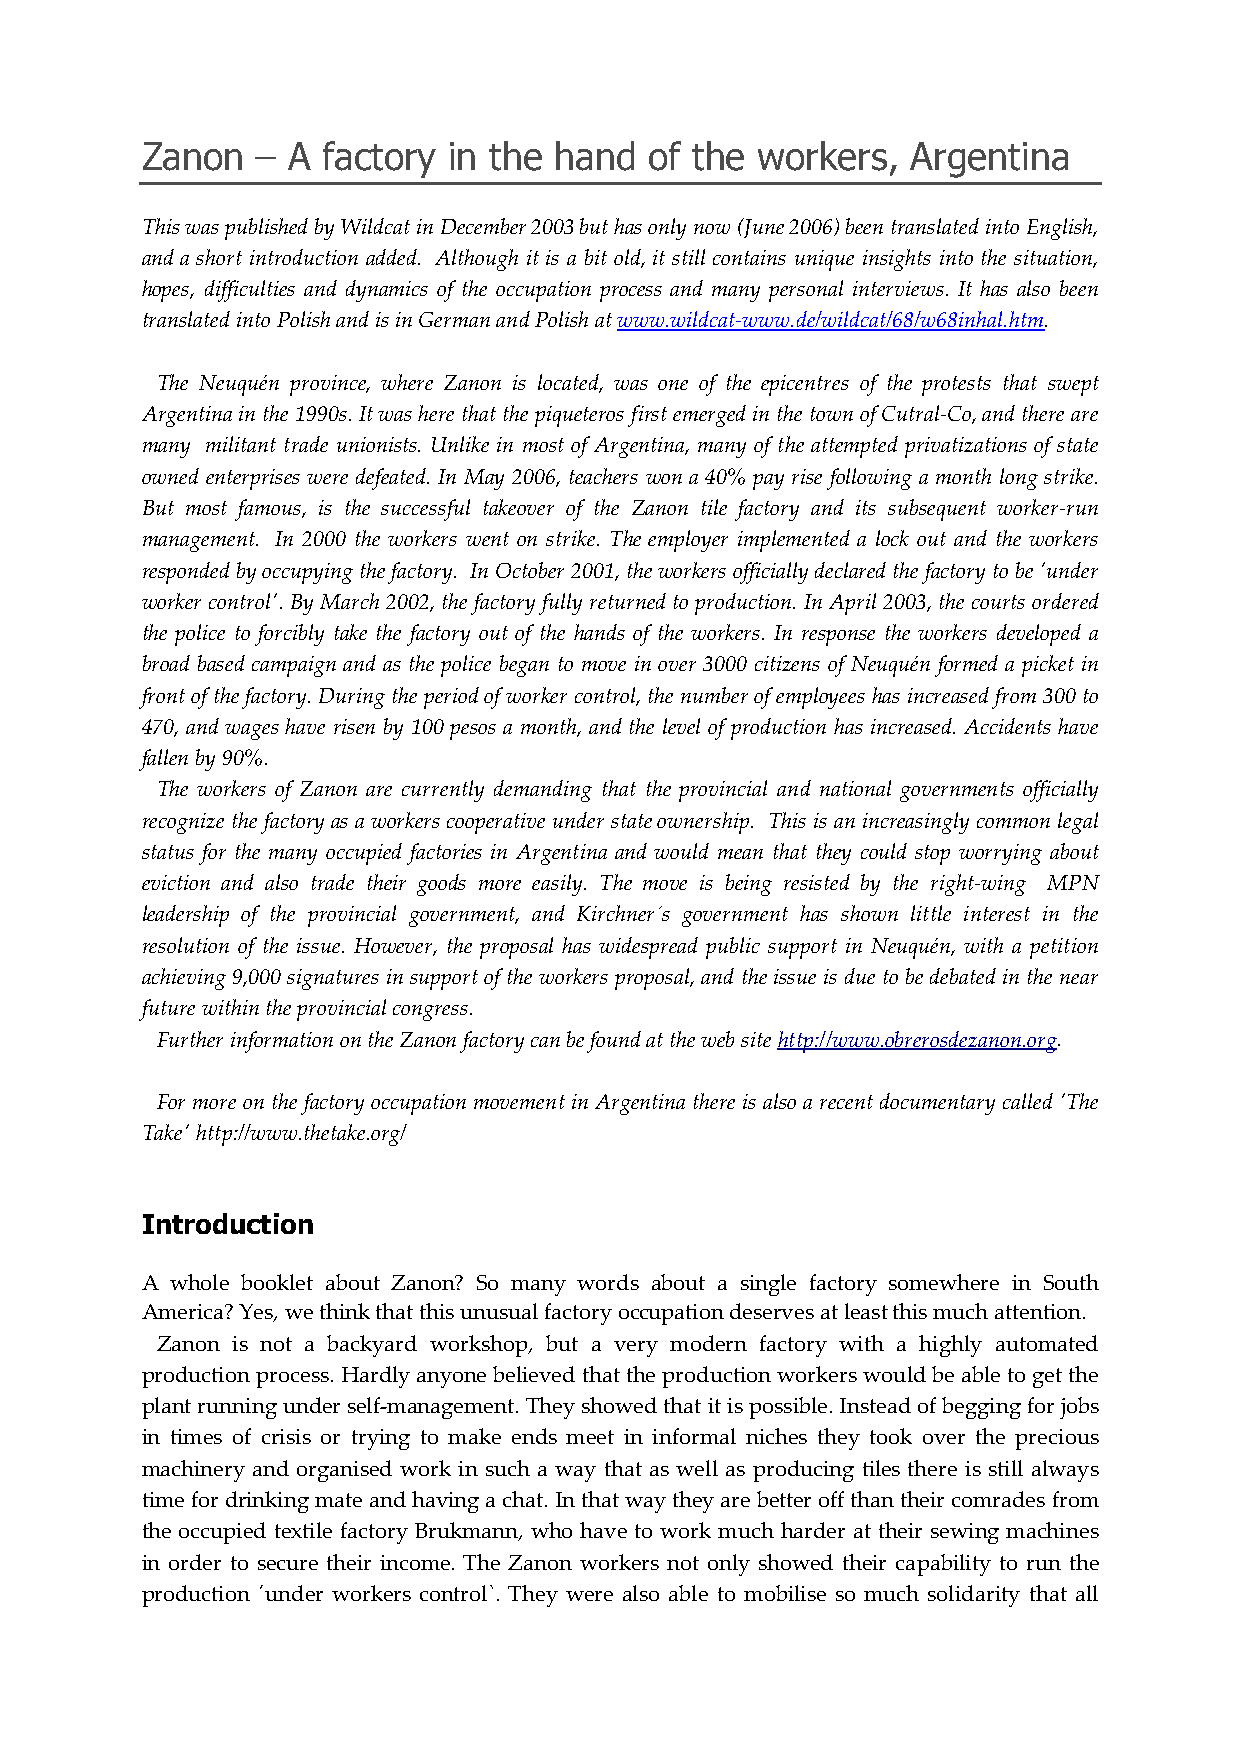
Zanon   – A factory  in the hand  of the workers,  Argentina
 This was published by Wildcat in December 2003 but has only now (June 2006) been translated into English,
 and a short introduction added. Although it is a bit old, it still contains unique insights into the situation,
 hopes, difficulties and dynamics of the occupation process and many personal interviews. It has also been
 translated into Polish and is in German and Polish at www.wildcat-www.de/wildcat/68/w68inhal.htm.
 The Neuquén province, where Zanon is located, was one of the epicentres of the protests that swept
 Argentina in the 1990s. It was here that the piqueteros first emerged in the town of Cutral-Co, and there are
 many militant trade unionists. Unlike in most of Argentina, many of the attempted privatizations of state
 owned enterprises were defeated. In May 2006, teachers won a 40% pay rise following a month long strike.
 But most famous, is the successful takeover of the Zanon tile factory and its subsequent worker-run
 management. In 2000 the workers went on strike. The employer implemented a lock out and the workers
 responded by occupying the factory. In October 2001, the workers officially declared the factory to be 'under
 worker control'. By March 2002, the factory fully returned to production. In April 2003, the courts ordered
 the police to forcibly take the factory out of the hands of the workers. In response the workers developed a
 broad based campaign and as the police began to move in over 3000 citizens of Neuquén formed a picket in
 front of the factory. During the period of worker control, the number of employees has increased from 300 to
 470, and wages have risen by 100 pesos a month, and the level of production has increased. Accidents have
 fallen by 90%.
 The workers of Zanon are currently demanding that the provincial and national governments officially
 recognize the factory as a workers cooperative under state ownership. This is an increasingly common legal
 status for the many occupied factories in Argentina and would mean that they could stop worrying about
 eviction and also trade their goods more easily. The move is being resisted by the right-wing MPN
 leadership of the provincial government, and Kirchner´s government has shown little interest in the
 resolution of the issue. However, the proposal has widespread public support in Neuquén, with a petition
 achieving 9,000 signatures in support of the workers proposal, and the issue is due to be debated in the near
 future within the provincial congress.
 Further information on the Zanon factory can be found at the web site http://www.obrerosdezanon.org.
 For more on the factory occupation movement in Argentina there is also a recent documentary called 'The
 Take' http://www.thetake.org/
 Introduction
 A whole booklet about Zanon? So many words about a single factory somewhere in South
 America? Yes, we think that this unusual factory occupation deserves at least this much attention.
 Zanon is not a backyard workshop, but a very modern factory with a highly automated
 production process. Hardly anyone believed that the production workers would be able to get the
 plant running under self-management. They showed that it is possible. Instead of begging for jobs
 in times of crisis or trying to make ends meet in informal niches they took over the precious
 machinery and organised work in such a way that as well as producing tiles there is still always
 time for drinking mate and having a chat. In that way they are better off than their comrades from
 the occupied textile factory Brukmann, who have to work much harder at their sewing machines
 in order to secure their income. The Zanon workers not only showed their capability to run the
 production ´under workers control`. They were also able to mobilise so much solidarity that all